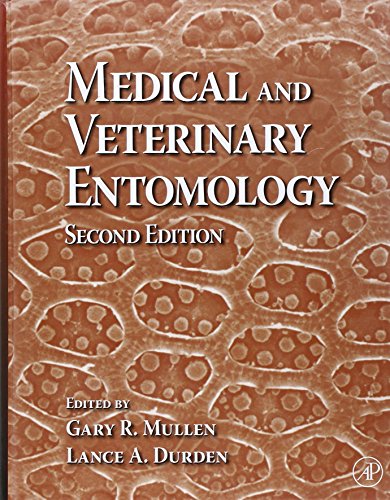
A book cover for Medical and Veterinary Entomology, Second Edition; Medical Books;